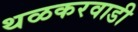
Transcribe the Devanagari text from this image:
थळकरवाडी